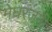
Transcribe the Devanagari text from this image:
मेघरंजनी